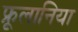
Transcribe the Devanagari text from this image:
फ्रूलानिया